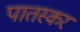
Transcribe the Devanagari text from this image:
पातस्कर